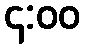
၄:၀၀